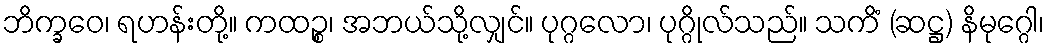
ဘိက္ခဝေ၊ ရဟန်းတို့။ ကထဉ္စ၊ အဘယ်သို့လျှင်။ ပုဂ္ဂလော၊ ပုဂ္ဂိုလ်သည်။ သကိံ (ဆဋ္ဌ) နိမုဂ္ဂေါ၊